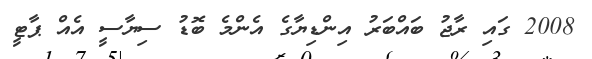
2008 ގައި ރާޖު ބައްބަރު އިންޑިޔާގެ އެންމެ ބޮޑު ސިޔާސީ އެއް ޕާޓީ